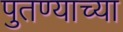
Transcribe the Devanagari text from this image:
पुतण्याच्या